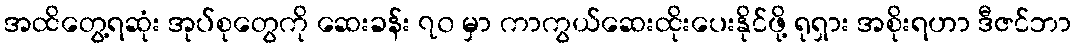
အထိတွေ့ရဆုံး အုပ်စုတွေကို ဆေးခန်း ၇၀ မှာ ကာကွယ်ဆေးထိုးပေးနိုင်ဖို့ ရုရှား အစိုးရဟာ ဒီဇင်ဘာ